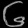
Digit: ၆